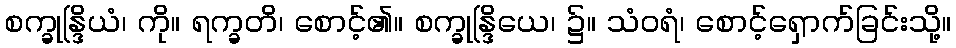
စက္ခုန္ဒြိယံ၊ ကို။ ရက္ခတိ၊ စောင့်၏။ စက္ခုန္ဒြိယေ၊ ၌။ သံဝရံ၊ စောင့်ရှောက်ခြင်းသို့။